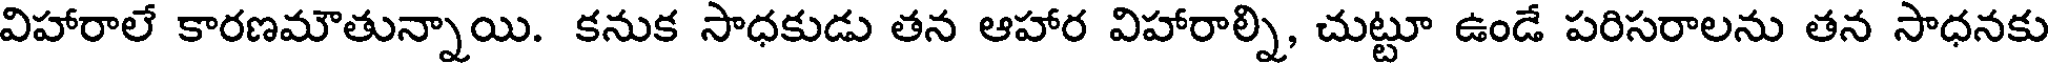
విహారాలే కారణమౌతున్నాయి. కనుక సాధకుడు తన ఆహార విహారాల్ని, చుట్టూ ఉండే పరిసరాలను తన సాధనకు